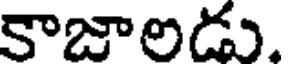
కాజాలడు.